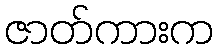
ဇာတ်ကားက